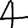
Digit: 4